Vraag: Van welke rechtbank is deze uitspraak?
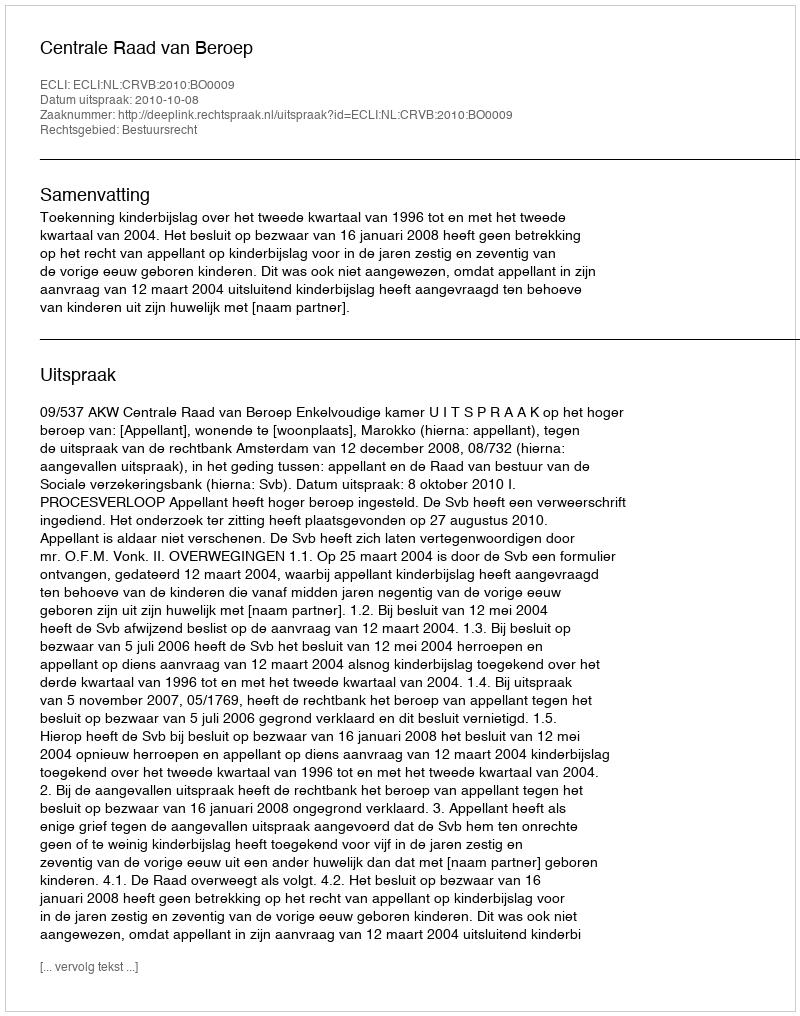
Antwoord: Centrale Raad van Beroep